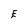
Character: E